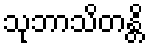
သုဘာသိတန္တိ